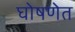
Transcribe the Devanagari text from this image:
घोषणेत